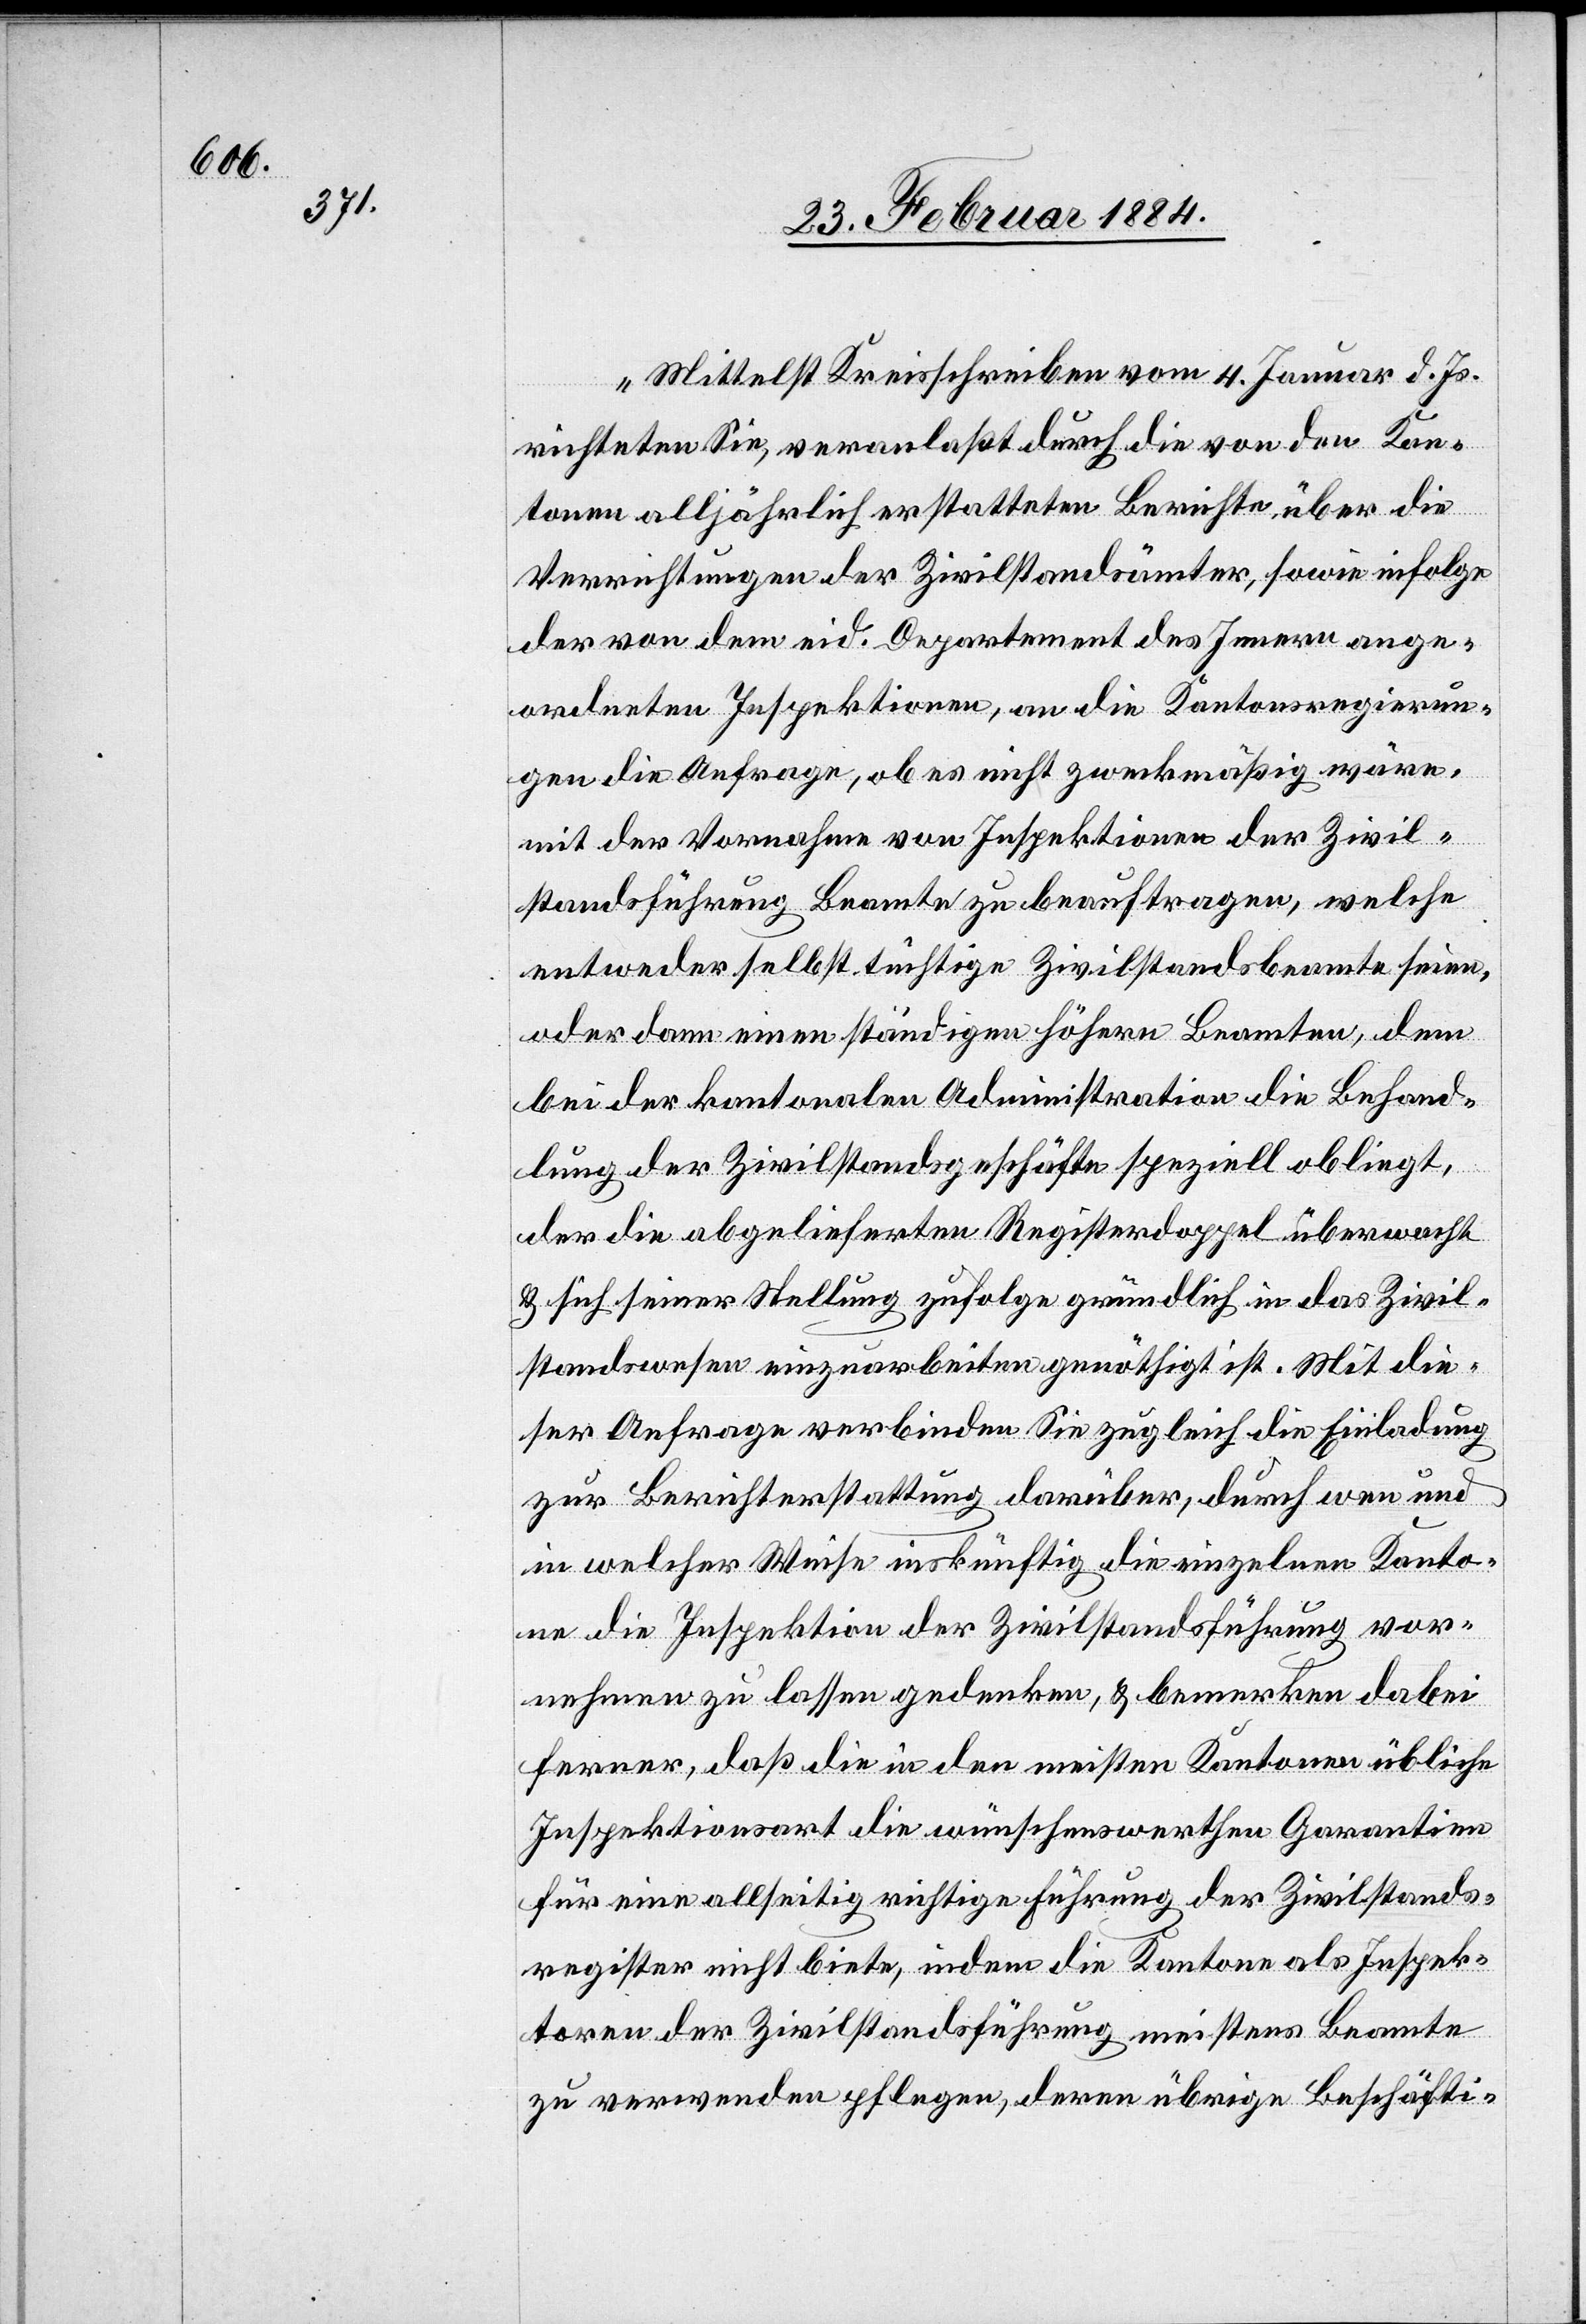
„Mittelst Kreisschreiben vom 4. Januar d. Js.
richteten Sie, veranlaßt durch die von den Kan¬
tonen alljährlich erstatteten Berichte über die
Verrichtungen der Zivilstandsämter, sowie infolge
der von dem eid. Departement des Innern ange¬
ordneten Inspektionen, an die Kantonsregierun¬
gen die Anfrage, ob es nicht zweckmäßig wäre,
mit der Vornahme von Inspektionen der Zivil¬
standführung Beamte zu beauftragen, welche
entweder selbst tüchtige Zivilstandesbeamte seien,
oder dann einen ständigen höhern Beamten, dem
bei der kantonalen Administration die Behand¬
lung der Zivilstandesgeschäfte speziell obliegt,
der die abgelieferten Registerdoppel überwacht
& sich seiner Stellung zufolge gründlich in das Zivil¬
standswesen einzuarbeiten genöthigt ist. Mit die¬
ser Anfrage verbinden Sie zugleich die Einladung
zur Berichterstattung darüber, durch wen und
in welcher Weise inskünftig die einzelnen Kanto¬
ne die Inspektion der Zivilstandsführung vor¬
nehmen zu lassen gedenken, & bemerken dabei
ferner, daß die in den meisten Kantonen übliche
Inspektionsart die wünschenswerthen Garantien
für eine allseitige richtige Führung der Zivilstands¬
register nicht biete, indem die Kantone als Inspek¬
toren der Zivilstandsführung meistens Beamte
zu verwenden pflegen, deren übrige Beschäfti-